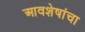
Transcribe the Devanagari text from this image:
आवशेषांचा